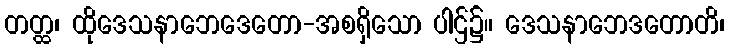
တတ္ထ၊ ထိုဒေသနာဘေဒေတော-အစရှိသော ပါဌ်၌။ ဒေသနာဘေဒတောတိ၊